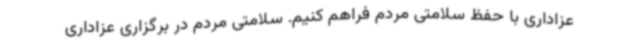
عزاداری با حفظ سلامتی مردم فراهم کنیم. سلامتی مردم در برگزاری عزاداری